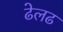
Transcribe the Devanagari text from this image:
ढेलढ